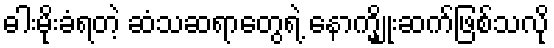
ဓါးမိုးခံရတဲ့ ဆံသဆရာတွေရဲ့ နောက္မျိုးဆက်ဖြစ်သလို